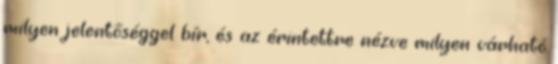
milyen jelentőséggel bír, és az érintettre nézve milyen várható